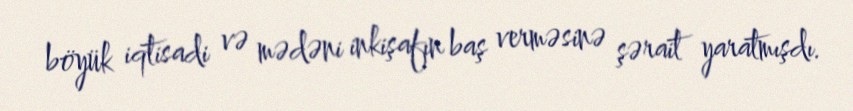
böyük iqtisadi və mədəni inkişafın baş verməsinə şərait yaratmışdı.